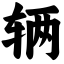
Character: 辆